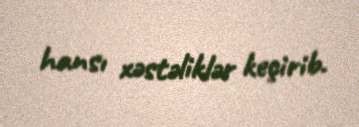
hansı xəstəliklər keçirib.